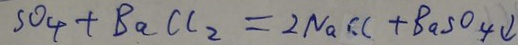
S O _ { 4 } + B a C l _ { 2 } = 2 N a C C + B a S O _ { 4 } \downarrow